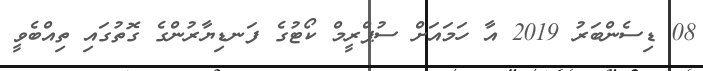
08 ޑިސެންބަރު 2019 އާ ހަމައަށް ސުޕްރީމް ކޯޓުގެ ފަނޑިޔާރުންގެ ގޮތުގައި ތިއްބެވީ